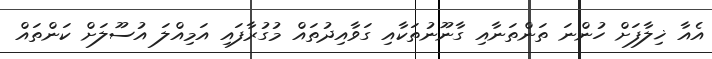
އެއާ ޚިލާފަށް ހުންނަ ތަންތަނާއި ގާނޫނުތަކާއި ގަވާއިދުތައް މުގުރާފައި އަމިއްލަ އުސޫލަށް ކަންތައް